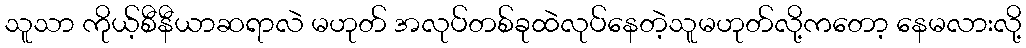
သူသာ ကိုယ့်စီနီယာဆရာလဲ မဟုတ် အလုပ်တစ်ခုထဲလုပ်နေတဲ့သူမဟုတ်လို့ကတော့ နေမလားလို့